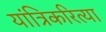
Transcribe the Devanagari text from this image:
यांत्रिकरित्या